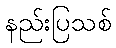
နည်းပြသစ်